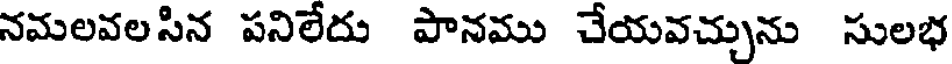
నమలవలసిన పనిలేదు పానము చేయవచ్చును సులభ